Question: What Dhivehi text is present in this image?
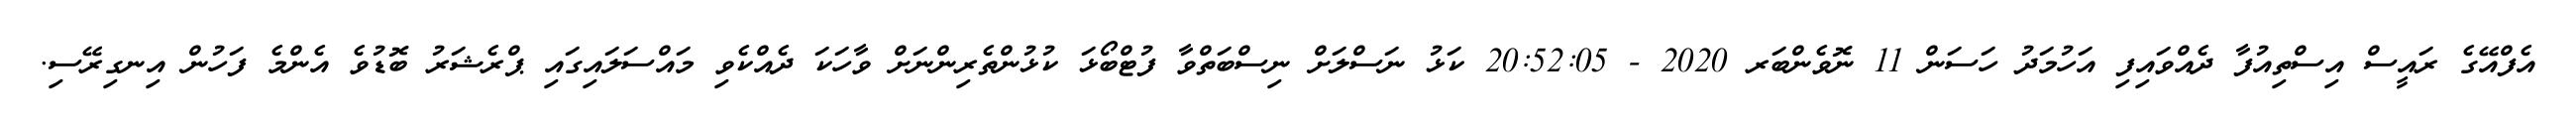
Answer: އެފްއޭގެ ރައީސް އިސްތިއުފާ ދެއްވައިފި އަހުމަދު ހަސަން 11 ނޮވެންބަރ 2020 - 20:52:05 ކަޅު ނަސްލަށް ނިސްބަތްވާ ފުޓްބޯޅަ ކުޅުންތެރިންނަށް ވާހަކަ ދެއްކެވި މައްސަލައިގައި ޕްރެޝަރު ބޮޑުވެ އެންމެ ފަހުން އިނގިރޭސި.